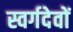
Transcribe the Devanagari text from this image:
स्वर्गदेवों